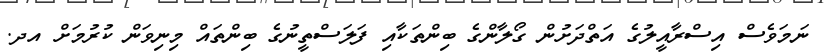
ނަމަވެސް އިސްރާއީލުގެ އަތްދަށުން ގޯލާންގެ ބިންތަކާއި ފަލަސްތީނުގެ ބިންތައް މިނިވަން ކުރުމަށް އދ.